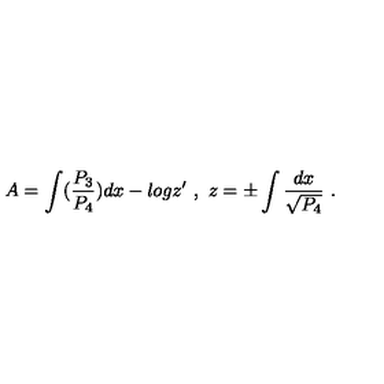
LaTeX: A = \int ( { \frac { P _ { 3 } } { P _ { 4 } } } ) d x - l o g z ^ { \prime } \ , \ z = \pm \int { \frac { d x } { \sqrt { P _ { 4 } } } } \ .